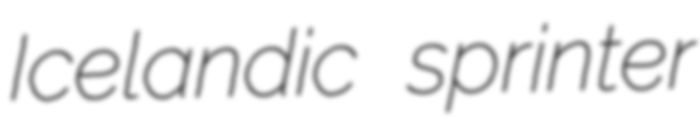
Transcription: Icelandic sprinter